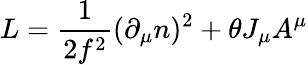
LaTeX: L={\frac{1}{2{f}^{2}}}(\partial_{\mu}n)^{2}+\theta J_{{\mu}}A^{\mu}